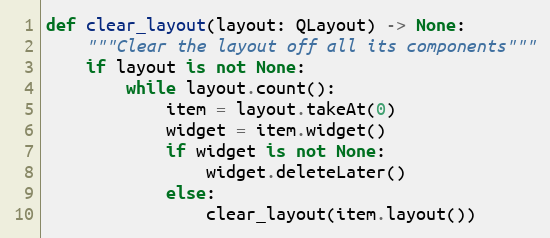
Language: Python
def clear_layout(layout: QLayout) -> None:
    """Clear the layout off all its components"""
    if layout is not None:
        while layout.count():
            item = layout.takeAt(0)
            widget = item.widget()
            if widget is not None:
                widget.deleteLater()
            else:
                clear_layout(item.layout())